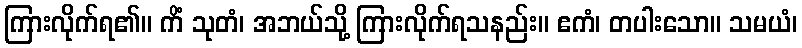
ကြားလိုက်ရ၏။ ကိံ သုတံ၊ အဘယ်သို့ ကြားလိုက်ရသနည်း။ ဧကံ၊ တပါးသော။ သမယံ၊